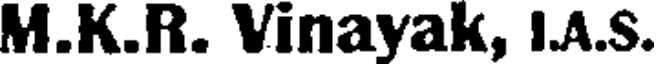
M.K.R. Vinayak, I.A.S.